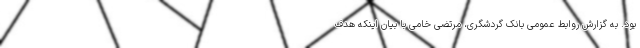
بود. به گزارش روابط عمومی بانک گردشگری، مرتضی خامی با بیان اینکه هدف